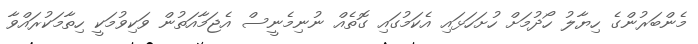
މެންބަރުންގެ ހިޔާލު ހޯދުމަށް ހުށަހަޅައި އެކަމުގައި ގޮތެއް ނުނިމެނީސް އެޖަމާއަތުން ވަކިވުމަކީ ހިތާމަކުރައްވާ